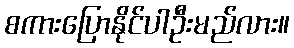
စကားပြောနိုင်ပါဦးမည်လား။